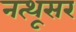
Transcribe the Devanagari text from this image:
नत्थूसर